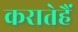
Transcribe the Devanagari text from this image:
करातेहैं